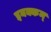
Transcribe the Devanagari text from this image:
इयक्कम्